Lunatic asylums Bombay report 1878-1890 - 1878-1890
Year: 1878
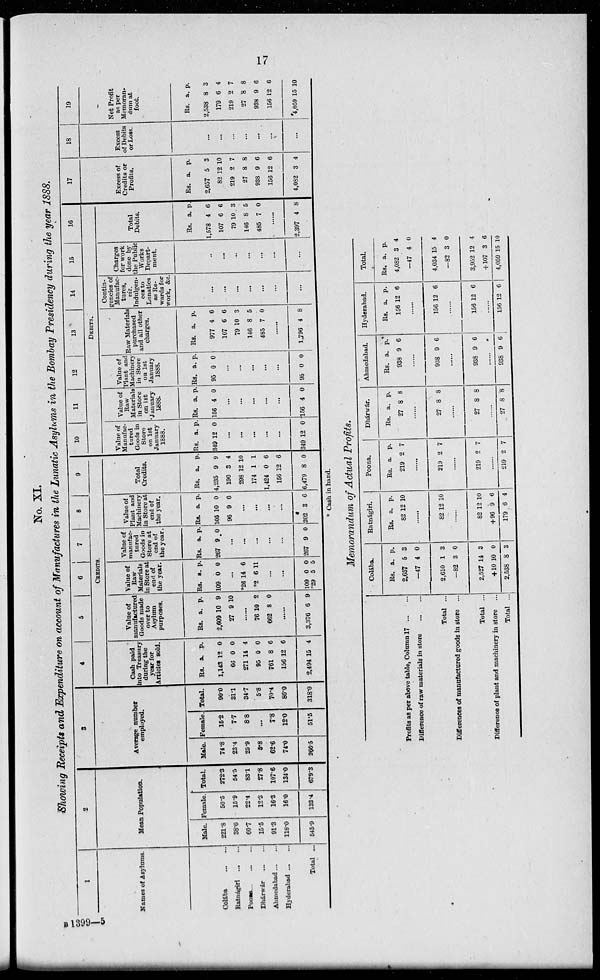
17
No. XI.
Showing Receipts and Expenditure on account of Manufactures in the Lunatic Asylums in the Bombay Presidency during the year 1888.
1
Names of Asylums.
Colába
...
...
Ratnágiri
...
...
Poona
...
...
Dhárwár
...
...
Ahmedabad ... ...
Hyderabad ... ...
Total ...
2
Mean Population.
Male.
221.8
38.6
60.7
15.5
91.3
118.0
545.9
Female.
50.5
15.9
22.4
12.3
16.3
16.0
133.4
Total.
272.3
54.5
83.1
27.8
107.6
134.0
679.3
3
Avenge number
employed.
Male.
74.8
23.4
25.9
5.8
62.6
74.0
266.5
Female.
15.2
7.7
8.8
...
7.8
12.0
51.5
Total.
90.0
31.1
34.7
5.8
70.4
86.0
318.0
4
5
6
7
8
9
CREDITS.
Cash paid
into Treasury
during the
year for
Articles sold.
Rs.
1,143
66
271
95
761
156
2,494
a.
12
0
14
0
8
12
15
p.
0
0
4
0
6
6
4
Value of
manufactured
Goods made
over to
Asylum
purposes.
Rs.
2,609
27
a.
10
9
p.
9
10
......
76
662
10
8
2
0
......
3,376 6 9
Value of
Raw
Materials
in Store at
end of
the year.
Rs.
109
a
0
p.
0
...
*26
*2
14
6
6
11
...
...
109
*29
0
5
0
5
Value of
manufac-
tured
Goods in
Store at
end of
the year.
Rs.
267
a.
9
p.
0
...
...
...
...
...
267 9 0
Value of
Plant and
Machinery
in Store at
end of
the year.
Rs.
105
96
a.
10
9
p.
0
6
...
...
...
...
202 3 6
Total
Credits.
Rs.
4,235
190
298
174
1,424
156
6,479
a.
9
3
12
1
0
12
8
p.
9
4
10
1
6
6
0
10
11
12
13
14
15
16
DEBITS.
Value of
Manafac-
tured
Goods in
Store
on 1st
January
1888.
Rs.
349
a.
12
p.
0
...
...
...
...
...
349 12
0
Value of
Raw
Materials
in Store
on 1st
January
1888.
Rs.
156
a.
4
p.
0
...
...
...
...
...
156 4 0
Value of
Plant and
Machinery
in Store
on 1st
January
1888.
Rs.
95
a.
0
p.
0
...
...
...
...
...
95 0 0
Raw Materials
purchased
and all other
charges.
Rs.
977
107
79
146
485
a.
4
6
10
8
7
p.
6
6
3
5
0
......
1,796 4 8
Contin-
gencies of
Manufac-
tures,
viz.
Indulgen-
ces to
Lunatics
as Re-
wards for
work, &c.
...
...
...
...
...
...
...
Charges
for work
done by
the Public
Works
Depart-
ment.
...
...
...
...
...
...
...
Total
Debits.
Rs.
1,578
107
79
146
485
a.
4
6
10
8
7
p.
6
6
3
5
0
......
2,397 4 8
17
Excess of
Credits or
Profits.
Rs.
2,657
82
219
27
938
156
4,082
a.
5
12
2
8
9
12
3
p.
3
10
7
8
6
6
4
18
Excess
of Debits
or Loss.
...
...
...
...
...
...
...
19
Net Profit
as per
Memoran-
dum at
foot.
Rs.
2,538
179
219
27
938
156
4,059
a.
8
6
2
8
9
12
15
p.
3
4
7
8
6
6
10
* Cash in hand.
Memorandum of Actual Profits.
Profits as per above table, Column 17 ... ...
Difference of raw materials in store
...
...
Total ...
Differences of manufactured goods in store ...
Total ...
Difference of plant and machinery in store ...
Total ...
Colába.
Rs.
2,657
—47
2,610
—82
2,527
+10
2,538
a.
5
4
1
3
14
10
8
p.
3
0
3
0
3
0
3
Ratnágiri.
Rs.
82
a.
12
p.
10
......
82 12 10
......
82
+96
179
12
9
6
10
6
4
Poona.
Rs.
219
a.
2
p.
7
......
219 2 7
......
219 2 7
......
219 2 7
Dhárwár.
Rs.
27
a.
8
p.
8
......
27 8 8
......
27 8 8
......
27 8 8
Ahmedabad.
Rs.
938
a.
9
p.
6
......
938 9 6
......
938 9 6
......
938 9 6
Hyderabad.
Rs.
156
a.
12
p.
6
......
156 12 6
......
156 12 6
......
156 12 6
Total.
Rs.
4,082
—47
4,034
—82
3,952
+107
4,059
a.
3
4
15
3
12
3
15
p.
4
0
4
0
4
6
10
B 1399—5